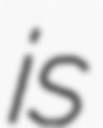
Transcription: is